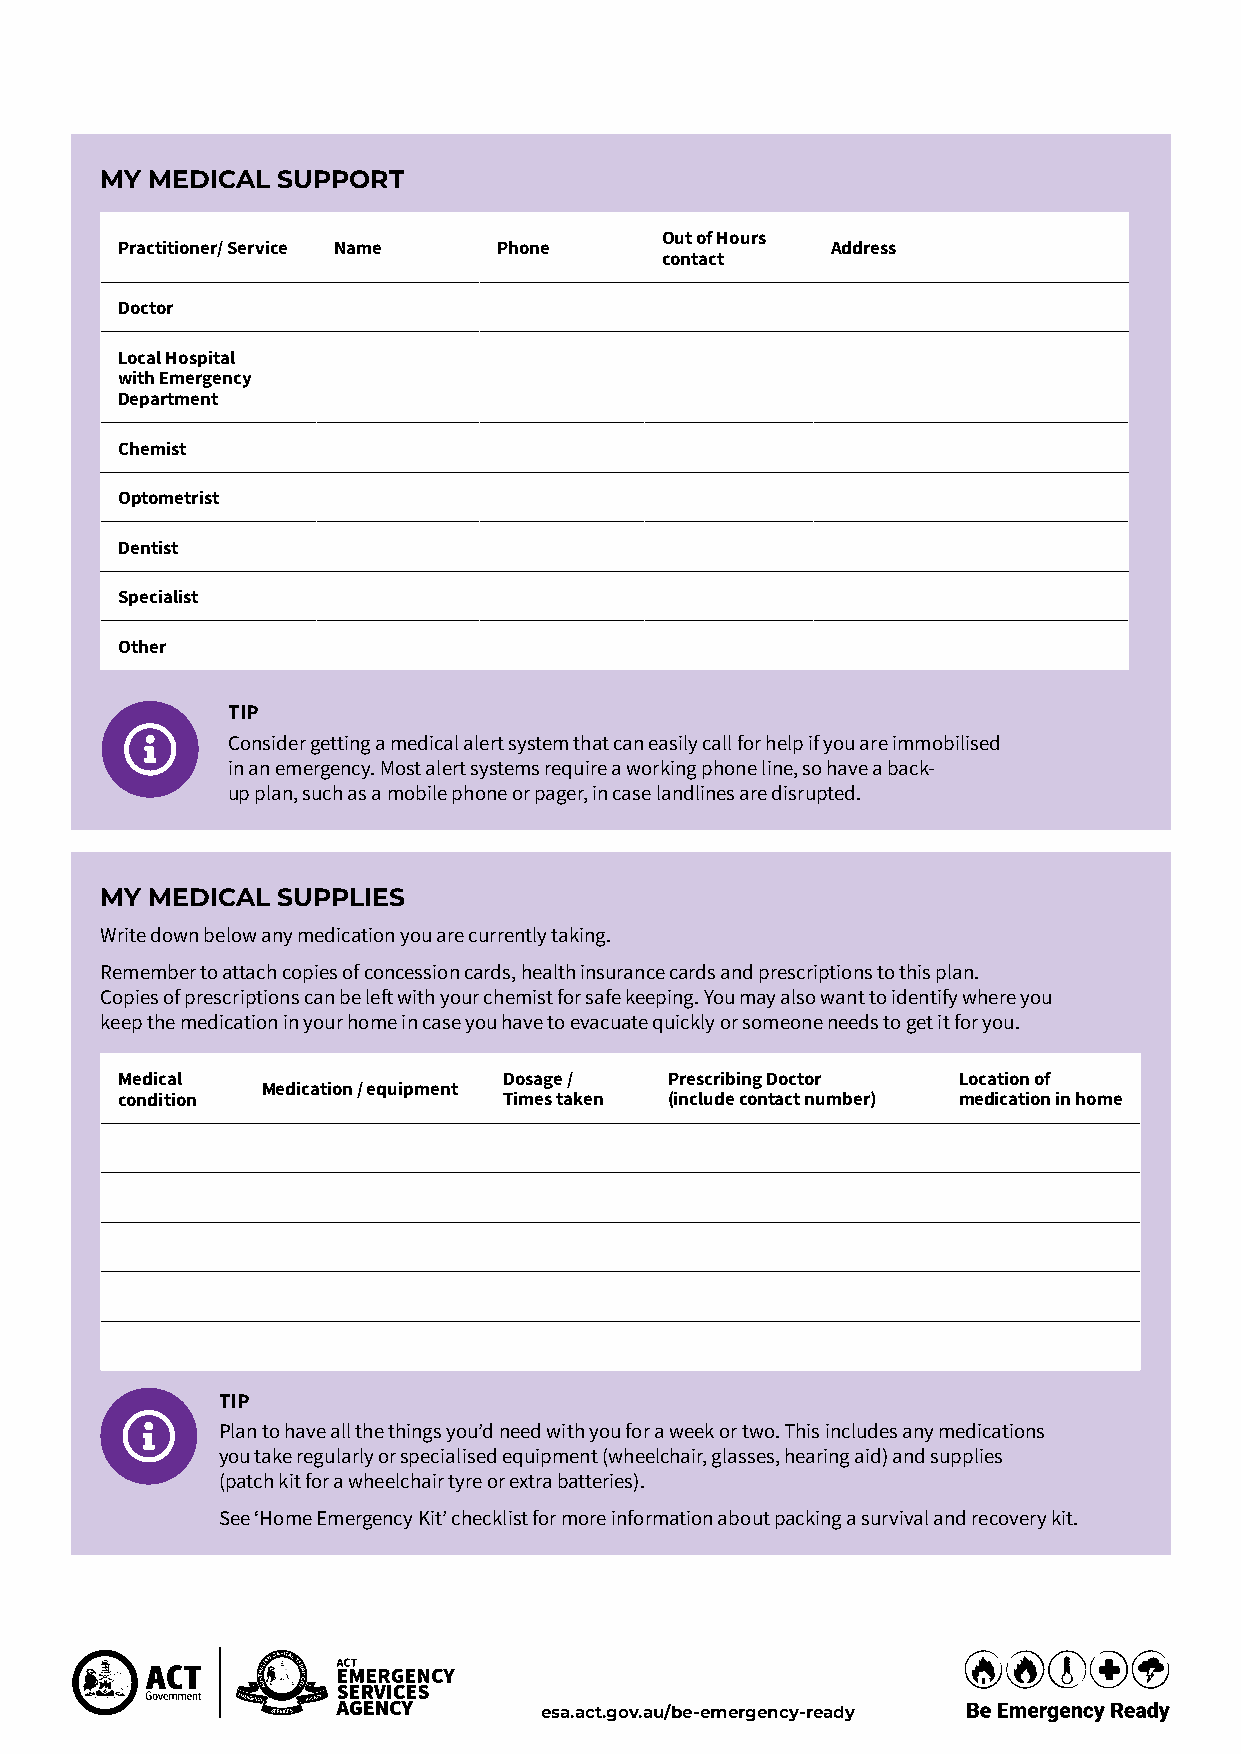
MY MEDICAL SUPPORT
 Out of Hours
 Practitioner/ Service Name Phone               Address
 contact
 Doctor
 Local Hospital
 with Emergency
 Department
 Chemist
 Optometrist
 Dentist
 Specialist
 Other
 TIP
 Consider getting a medical alert system that can easily call for help if you are immobilised
 in an emergency. Most alert systems require a working phone line, so have a back-
 up plan, such as a mobile phone or pager, in case landlines are disrupted.
 MY MEDICAL SUPPLIES
 Write down below any medication you are currently taking.
 Remember to attach copies of concession cards, health insurance cards and prescriptions to this plan.
 Copies of prescriptions can be left with your chemist for safe keeping. You may also want to identify where you
 keep the medication in your home in case you have to evacuate quickly or someone needs to get it for you.
 Medical                  Dosage /   Prescribing Doctor Location of
 Medication / equipment
 condition                Times taken (include contact number) medication in home
 TIP
 Plan to have all the things you’d need with you for a week or two. This includes any medications
 you take regularly or specialised equipment (wheelchair, glasses, hearing aid) and supplies
 (patch kit for a wheelchair tyre or extra batteries).
 See ‘Home Emergency Kit’ checklist for more information about packing a survival and recovery kit.
 esa.act.gov.au/be-emergency-ready